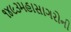
૧૪૯૩મહાસાગરોની